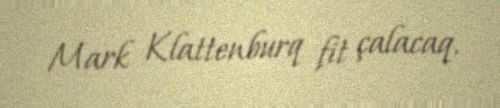
Mark Klattenburq fit çalacaq.